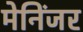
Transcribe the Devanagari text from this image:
मेनिंजर